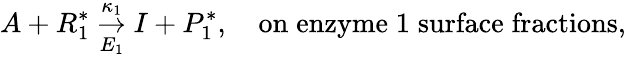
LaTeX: A+R_{1}^{*}\underset{E_{1}}{\stackrel{\kappa_{1}}{\rightarrow}}I+P_{1}^{*},\quad\mathrm{on\; enzyme\; 1\; surface\; fractions},